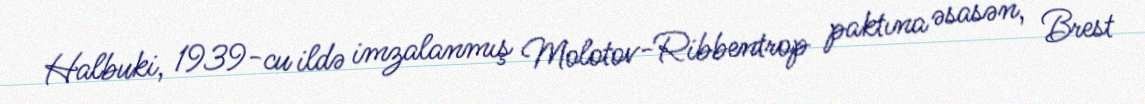
Halbuki, 1939-cu ildə imzalanmış Molotov-Ribbentrop paktına əsasən, Brest